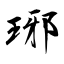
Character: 琊